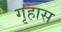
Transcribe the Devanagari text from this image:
गृहास